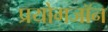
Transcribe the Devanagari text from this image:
प्रयोगजॉन